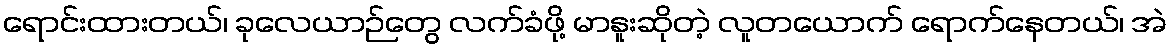
ရောင်းထားတယ်၊ ခုလေယာဉ်တွေ လက်ခံဖို့ မာနူးဆိုတဲ့ လူတယောက် ရောက်နေတယ်၊ အဲ